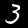
Label: 3